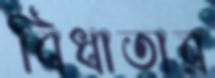
বিধাতার